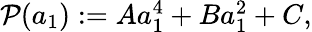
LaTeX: \begin{array}{r}{\mathcal{P}(a_{1}):=Aa_{1}^{4}+Ba_{1}^{2}+C,}\end{array}